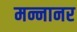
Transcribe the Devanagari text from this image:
मन्नानर